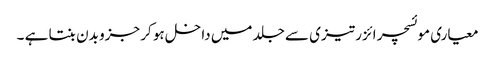
معیاری موئسچر ائزر تیزی سے جلد میں داخل ہو کر جزو بدن بنتا ہے ۔